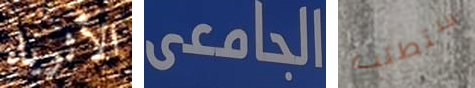
الأثرياء الجامعى ستطلب